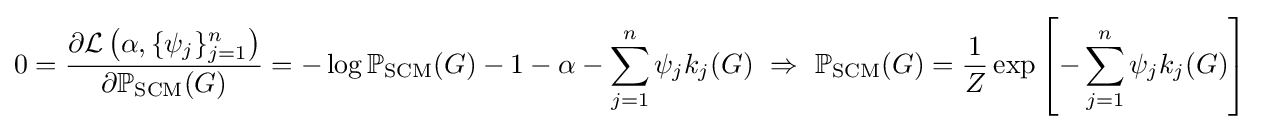
0={\frac {\partial {\mathcal {L}}\left(\alpha ,\{\psi _{j}\}_{j=1}^{n}\right)}{\partial \mathbb {P} _{\text{SCM}}(G)}}=-\log \mathbb {P} _{\text{SCM}}(G)-1-\alpha -\sum _{j=1}^{n}\psi _{j}k_{j}(G)\ \Rightarrow \ \mathbb {P} _{\text{SCM}}(G)={\frac {1}{Z}}\exp \left[-\sum _{j=1}^{n}\psi _{j}k_{j}(G)\right]